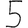
Digit: 5